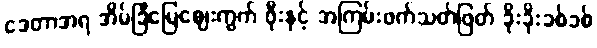
ဒေတာအရ အိမ်ခြံမြေဈေးကွက် ဖိုးနှင့် အကြမ်းဖက်သတ်ဖြတ် ခိုးခိုးခစ်ခစ်